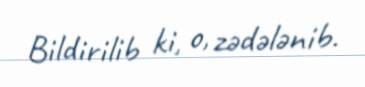
Bildirilib ki, o, zədələnib.